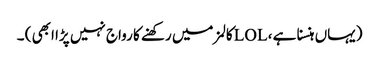
(یہاں ہنسنا ہے ، LOLکالمز میں رکھنے کا رواج نہیں پڑا ابھی ) ۔